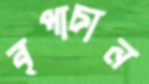
বৃপাচান